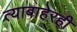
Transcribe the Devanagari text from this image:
त्याबाहेरही